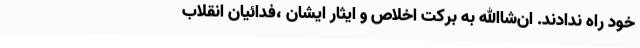
خود راه ندادند. ان‌شاالله به برکت اخلاص و ایثار ایشان ،فدائیان انقلاب